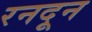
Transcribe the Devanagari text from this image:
रनदून